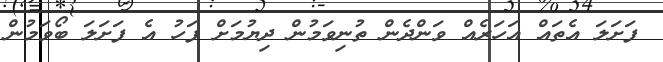
ފަށަލަ އެތައް އަހަރެއް ވަންދެން ތުނިވަމުން ދިޔުމަށް ފަހު އެ ފަށަލަ ބޯވަމުން